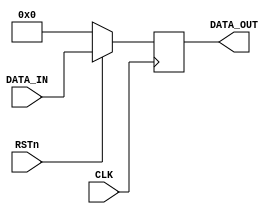
module dff (
  input wire [15:0] DATA_IN,
  input wire CLK,
  input wire RSTn,
  output wire [15:0] DATA_OUT 
);
  

reg [15:0] data_out;

always @(posedge CLK) begin
  if (!RSTn) begin
    data_out <= 16'd0;
  end
  else 
    data_out <= DATA_IN;
  
end

assign DATA_OUT =data_out;



endmodule